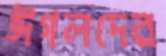
ঈগলদের